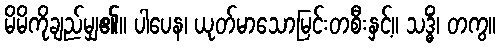
မိမိကိုချည်မျှ၏။ ပါပေန၊ ယုတ်မာသောမြင်းတစီးနှင့်။ သဒ္ဓိံ၊ တကွ။